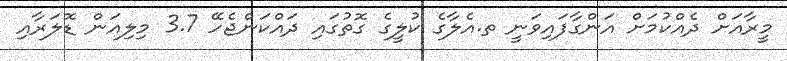
މީރާއަށް ދެއްކުމަށް އަންގާފައިވަނީ ތ.އެލާގެ ކުލީގެ ގޮތުގައި ދައްކަންޖެހޭ 3.7 މިލިއަން ޑޮލަރާއި